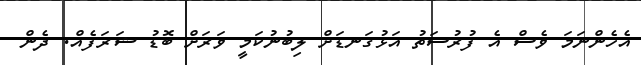
އެހެންނަމަ ވެސް އެ ފުރުސަތު އަޅުގަނޑަށް ލިބުުނުކަމީ ވަރަށް ބޮޑު ޝަރަފެއް. ދެން